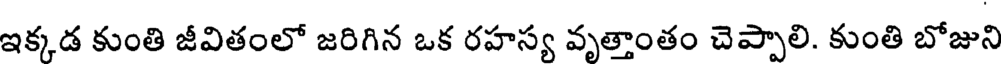
ఇక్కడ కుంతి జీవితంలో జరిగిన ఒక రహస్య వృత్తాంతం చెప్పాలి. కుంతి బోజుని